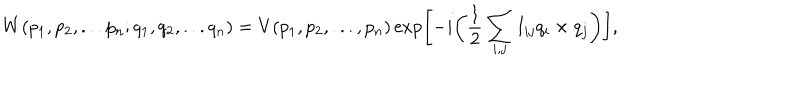
W ( p _ { 1 } , p _ { 2 } , . . . p _ { n } ; q _ { 1 } , q _ { 2 } , . . . q _ { n } ) = V ( p _ { 1 } , p _ { 2 } , . . . , p _ { n } ) \exp \biggl [ - i \biggl ( \frac { 1 } { 2 } \sum _ { i , j } I _ { i j } q _ { i } \times q _ { j } \biggr ) \biggr ] ,